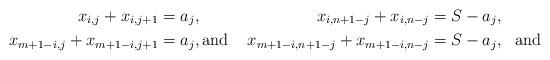
LaTeX: \begin{align*} x_{i,j} + x_{i,j+1} &= a_j, &x_{i,n+1-j} + x_{i,n-j} &= S- a_j, \\ x_{m+1-i,j} + x_{m+1-i,j+1} &= a_j, \mbox{and } &x_{m+1-i,n+1-j} + x_{m+1-i,n-j} &= S- a_j, \mbox{\ \ and } \end{align*}